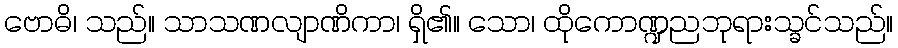
ဗောဓိ၊ သည်။ သာသဏလျာဏိကာ၊ ရှိ၏။ သော၊ ထိုကောဏ္ဍညဘုရားသ္ခင်သည်။